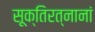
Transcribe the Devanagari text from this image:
सूक्तिरत्नानां